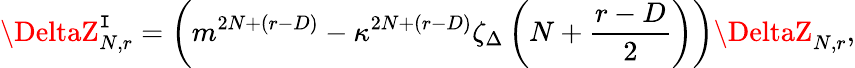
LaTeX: \DeltaZ_{N,r}^{\mathtt{I}}=\left(m^{2N+(r-D)}-\kappa^{2N+(r-D)}\zeta_{\Delta}\left(N+\frac{{r-D}}{{2}}\right)\right)\DeltaZ_{N,r},